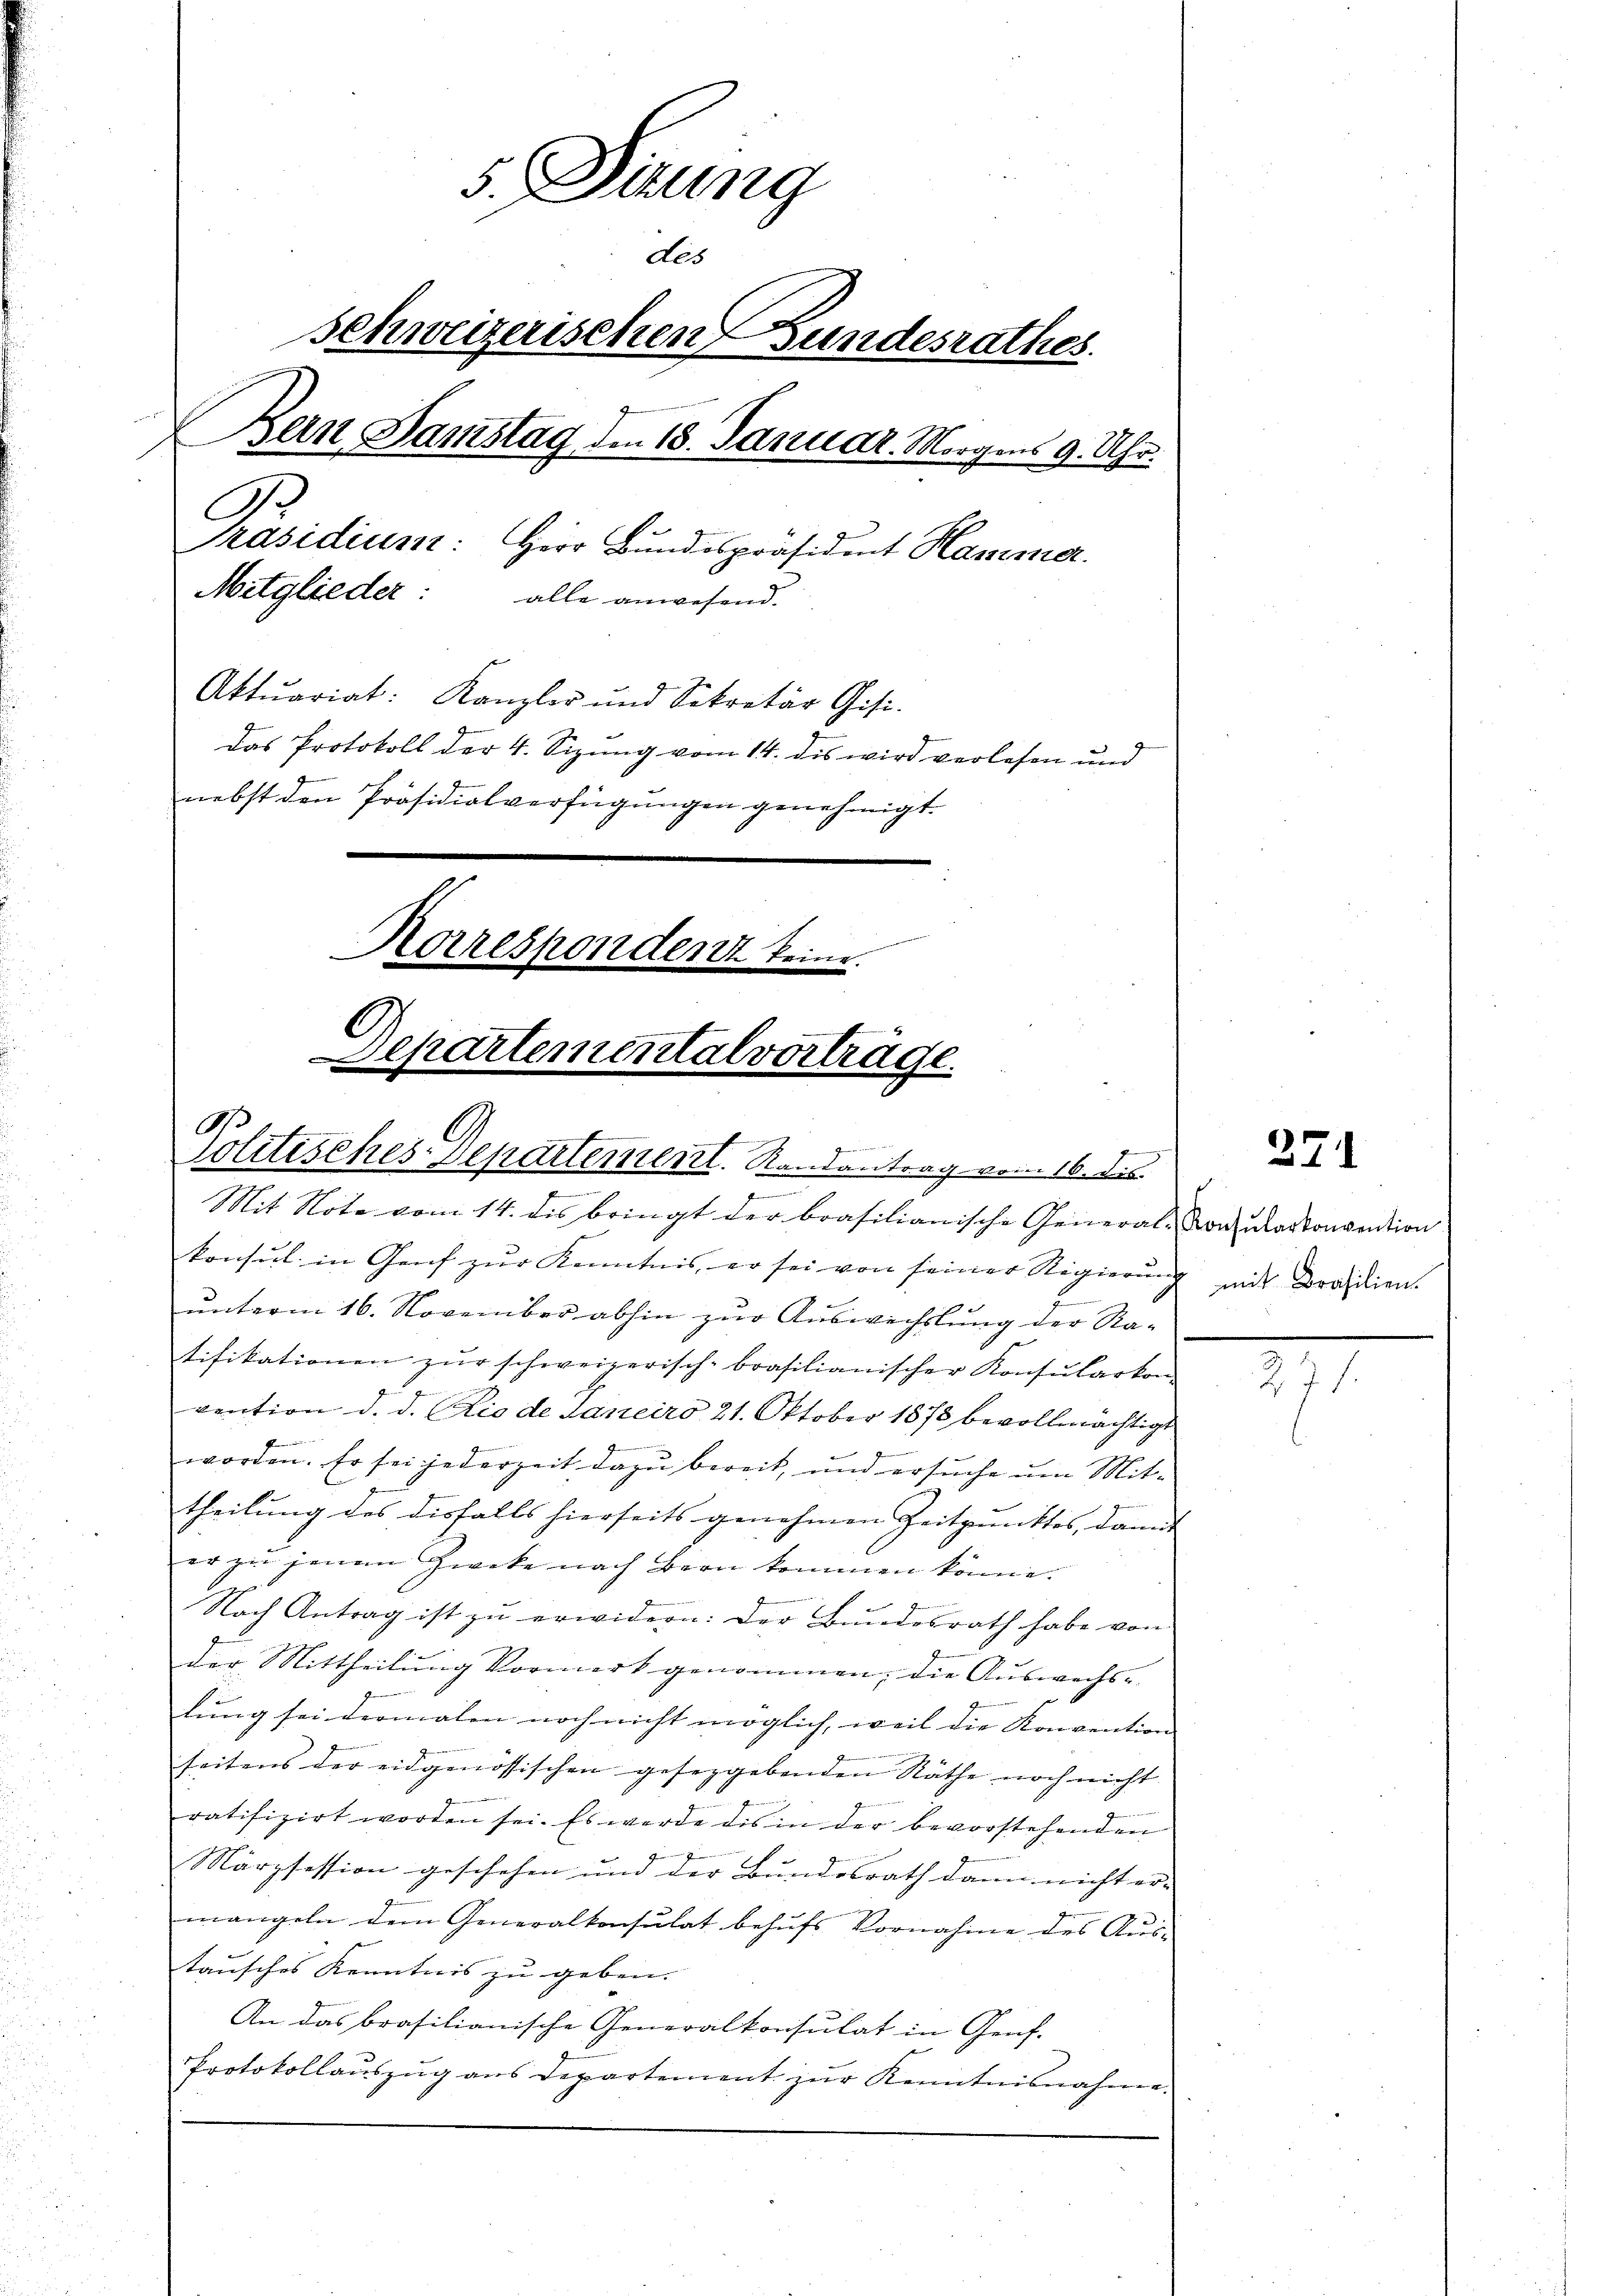
5 Sirung
des
Schweizerischen Bundesrathes.
Bern Samstag den 18. Januar. Morgens 9. Uhr.
o
Präsidium: Herr Bundespräsident Hamma
Mitglieder:
alle anwesend.
Aktuariat: Kanzler und Sekretär Gisi-
Das Protokoll der 4. Sizung vom 14. dis wird verlesen und
nebst den Präsidialverfügungen genehmigt.
Korrespondent keine.
Departementalverträge.
e
.
Solitisches-Departement. Randantrag vom 16. ds.
e
Mit Note vom 14. des bringt der brasilianische General-Consularkonvention
konsul in Genf zur Kenntnis, er sei von seiner Regierung

unterm 16. November abhin zur Auswechslung der Na-
tifikationen zŭr schweizerisch-brasilianischer Konsŭlarkon-
vention d. d. Rio de Janeiro 21. Oktober 1873 bevollmächtigt
w
worden. Er sei jederzeit dazu bereit, um ersuche um Mit-
theilung des disfalls hierseits genehmen Zeitpunktes, damit
er zu jenen Zweke nach Bern kommen könne.

Nach Antrag ist zu erwidern: Der Bundesrath habe von
der Mittheilung Vormerk genommen, die Auswechs-
lung sei dermalen noch nicht möglich, weil die Konvention |
seitens der eidgenössischen gesezgebenden Räthe noch nicht
e
ratifizirt worden sei. Es werde dis in der bevorstehenden
Märzsession geschehen und der Bundesrath dann nicht er- |
mangeln dem Generalkonsulat behufs Vornahme des Austausches Kenntnis zu geben. |
An das brasilianische Generalkonsulat in Genf.
Protokollauszug aus Departement zur Kenntnisnahme.

271

mit Brasilien.

7